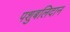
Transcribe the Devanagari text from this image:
पशुबलिदान